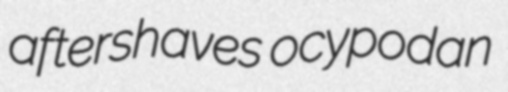
aftershaves ocypodan